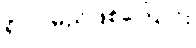
ရှိလာမည်ဖြစ်ကြောင်း